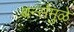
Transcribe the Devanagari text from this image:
बर्न्समुळे